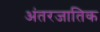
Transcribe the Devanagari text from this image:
अंतरजातिक